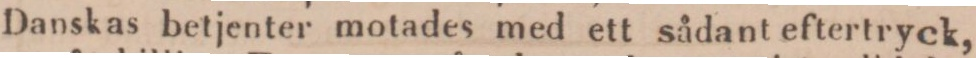
Danskas betjenter motades med ett sådant eftertryck,